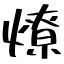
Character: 燠